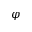
\varphi